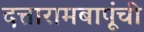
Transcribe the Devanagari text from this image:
दत्तारामबापूंची